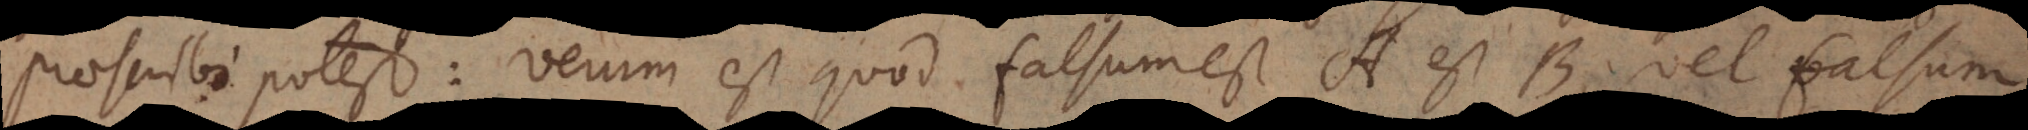
praescribi potest: verum est quod falsum est A est B, vel falsum